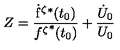
Z = \frac { \mathrm { { \dot { f } } ^ { \zeta } } ^ { * } ( t _ { 0 } ) } { { f ^ { \zeta } } ^ { * } ( t _ { 0 } ) } + \frac { \dot { U } _ { 0 } } { U _ { 0 } }